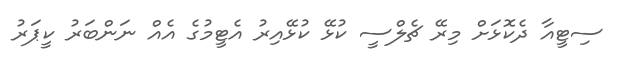
ސިޓީއާ ދެކޮޅަށް މިރޭ ޗެލްސީ ކުޅޭ ކުޅޭއިރު އެޓީމުގެ އެއް ނަންބަރު ކީޕަރު